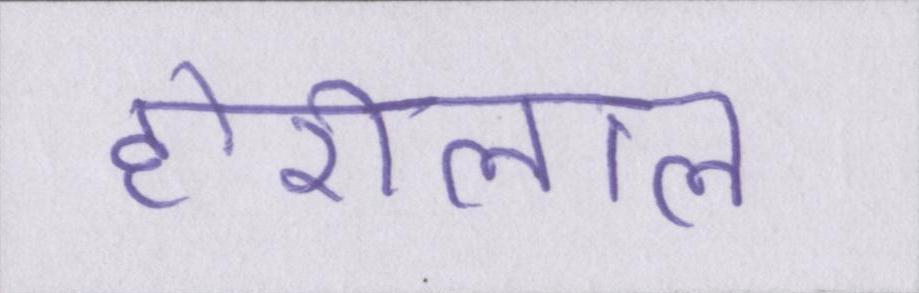
होरीलाल